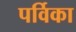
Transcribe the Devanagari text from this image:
पर्विका